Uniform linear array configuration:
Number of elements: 48
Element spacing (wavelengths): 0.75
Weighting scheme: uniform
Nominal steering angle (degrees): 0
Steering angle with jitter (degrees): -1.941
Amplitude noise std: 0.05
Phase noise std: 0.05

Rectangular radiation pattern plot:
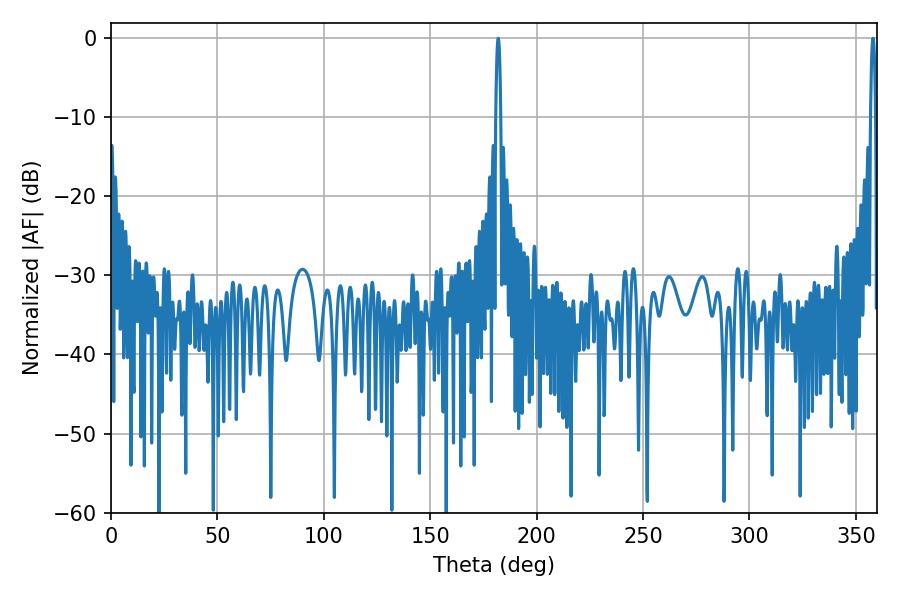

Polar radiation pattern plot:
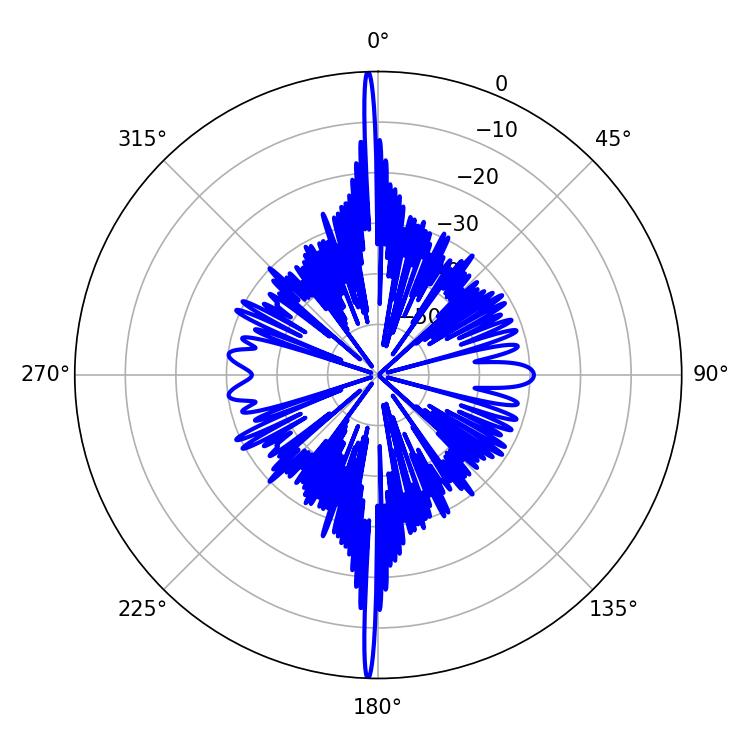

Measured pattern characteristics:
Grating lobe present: TRUE
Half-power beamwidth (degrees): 1.26
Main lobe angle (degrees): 358.02